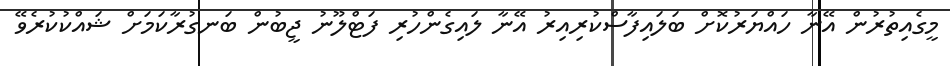
މީގެއިތުރުން އޭނާ ހައްޔަރުކޮށް ބަލައިފާސްކުރިއިރު އޭނާ ލައިގެންހުރި ފަޓްލޫނު ޖީބުން ބަނގުރާކަމަށް ޝައްކުކުރެވޭ